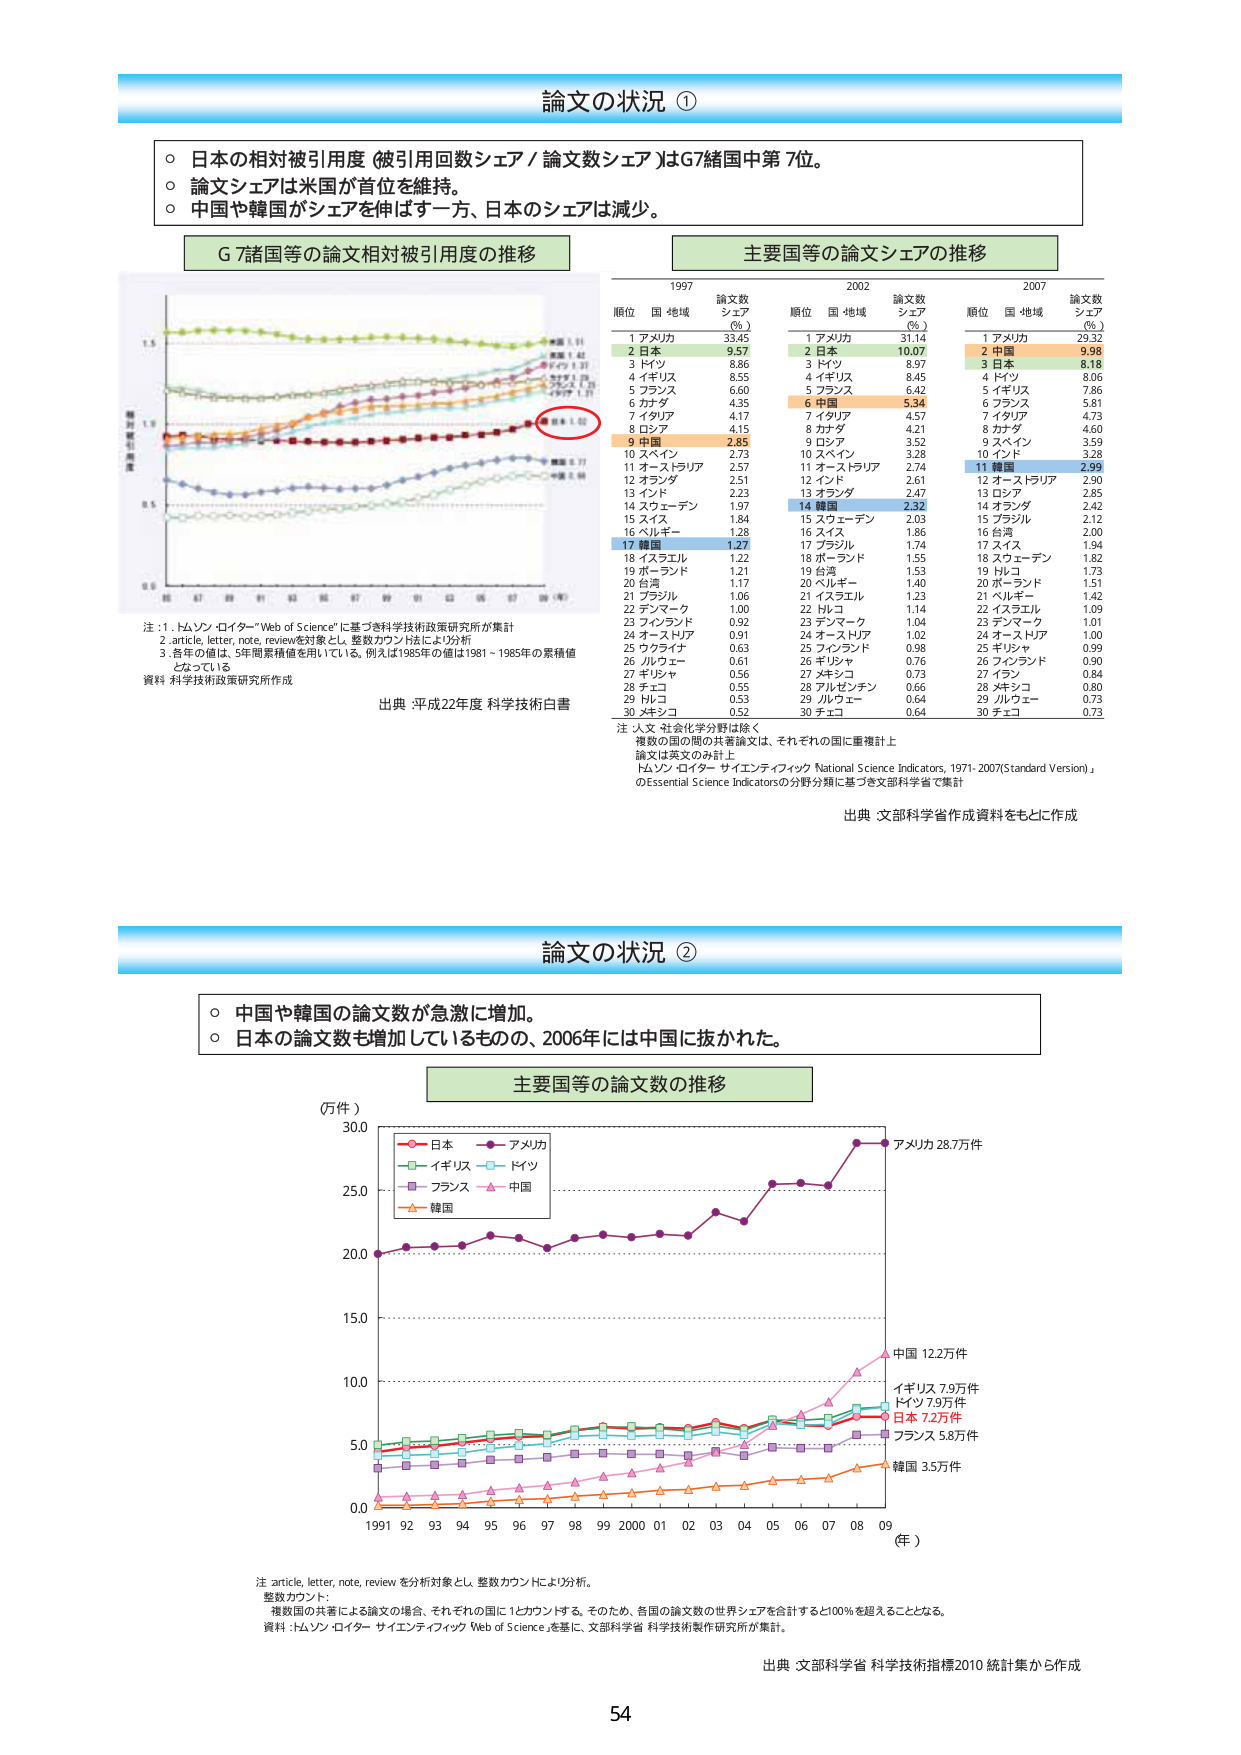
論文の状況 ①

○ 日本の相対被引用度（被引用回数シェア／論文数シェア）はG7諸国中第7位。
○ 論文シェアは米国が首位を維持。
○ 中国や韓国がシェアを伸ばす一方、日本のシェアは減少。

G 7諸国等の論文相対被引用度の推移

主要国等の論文シェアの推移

1997
順位 国・地域 論文数シェア（%）
1 アメリカ 33.45
2 日本 9.57
3 ドイツ 8.86
4 イギリス 8.55
5 フランス 6.60
6 カナダ 4.35
7 イタリア 4.17
8 ロシア 4.15
9 中国 2.85
10 スペイン 2.73
11 オーストラリア 2.57
12 オランダ 2.51
13 インド 2.23
14 スウェーデン 1.97
15 スイス 1.84
16 ベルギー 1.28
17 韓国 1.27
18 イスラエル 1.22
19 ポーランド 1.21
20 台湾 1.17
21 ブラジル 1.06
22 デンマーク 1.00
23 フィンランド 0.92
24 オーストリア 0.91
25 ウクライナ 0.63
26 ルルウェー 0.61
27 メキシコ 0.56
28 チェコ 0.55
29 ハンガリー 0.53
30 メキシコ 0.52

2002
順位 国・地域 論文数シェア（%）
1 アメリカ 31.14
2 日本 10.07
3 ドイツ 8.97
4 イギリス 8.45
5 フランス 6.42
6 中国 5.34
7 イタリア 4.57
8 カナダ 4.21
9 ロシア 3.52
10 スペイン 3.28
11 オーストラリア 2.74
12 インド 2.61
13 オランダ 2.47
14 韓国 2.32
15 スウェーデン 2.03
16 スイス 1.86
17 ブラジル 1.74
18 ポーランド 1.55
19 台湾 1.53
20 ベルギー 1.40
21 イスラエル 1.23
22 ハンガリー 1.14
23 デンマーク 1.04
24 オーストリア 1.02
25 フィンランド 0.98
26 ギリシャ 0.76
27 メキシコ 0.73
28 アルゼンチン 0.66
29 ルルウェー 0.64
30 チェコ 0.64

2007
順位 国・地域 論文数シェア（%）
1 アメリカ 29.32
2 中国 9.98
3 日本 8.18
4 ドイツ 8.06
5 イギリス 7.86
6 フランス 5.81
7 イタリア 4.73
8 カナダ 4.60
9 スペイン 3.59
10 インド 3.28
11 韓国 2.99
12 オーストラリア 2.90
13 ロシア 2.85
14 オランダ 2.42
15 ブラジル 2.12
16 台湾 2.00
17 スイス 1.94
18 スウェーデン 1.82
19 ハンガリー 1.73
20 ポーランド 1.51
21 ベルギー 1.42
22 イスラエル 1.09
23 デンマーク 1.01
24 オーストリア 1.00
25 ギリシャ 0.99
26 フィンランド 0.90
27 イラン 0.84
28 メキシコ 0.80
29 ルルウェー 0.73
30 チェコ 0.73

注：1. トムソン・ロイター「Web of Science」に基づき科学技術政策研究所が集計
2. article, letter, note, reviewを対象とし、整数カウント法により分析
3. 各年の値は、5年間累積値を用いている。例えば1985年の値は1981～1985年の累積値となっている
資料：科学技術政策研究所作成
出典：平成22年度 科学技術白書

注：人文・社会化学分野は除く
複数の国の間の共著論文は、それぞれの国に重複計上
論文は英文のみ計上
トムソン・ロイター サイエンティフィック National Science Indicators, 1971-2007(Standard Version)」
のEssential Science Indicatorsの分野分類に基づき文部科学省で集計
出典：文部科学省作成資料をもとに作成

論文の状況 ②

○ 中国や韓国の論文数が急激に増加。
○ 日本の論文数も増加しているものの、2006年には中国に抜かれた。

主要国等の論文数の推移

（万件）
0.0
5.0
10.0
15.0
20.0
25.0
30.0
1991 92 93 94 95 96 97 98 99 2000 01 02 03 04 05 06 07 08 09
（年）

日本
アメリカ
イギリス
ドイツ
フランス
中国
韓国

アメリカ 28.7万件
中国 12.2万件
イギリス 7.9万件
ドイツ 7.9万件
日本 7.2万件
フランス 5.8万件
韓国 3.5万件

注：article, letter, note, reviewを分析対象とし、整数カウントにより分析。
整数カウント：
複数国の共著による論文の場合、それぞれの国に1カウントする。そのため、各国の論文数の世界シェアを合計すると100％を超えることとなる。
資料：トムソン・ロイター サイエンティフィック Web of Scienceを基に、文部科学省 科学技術製作研究所が集計。
出典：文部科学省 科学技術指標2010 統計集から作成

54